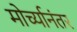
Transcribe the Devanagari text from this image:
मोर्च्यानंतर